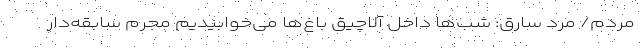
مردم/ مرد سارق: شب‌ها داخل آلاچیق‌ باغ‌ها می‌خوابیدیم مجرم سابقه‌دار